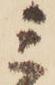
ミ